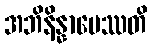
အဘိနိန္နာမေဿတိ